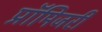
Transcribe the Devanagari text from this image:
प्रॉमिजरी